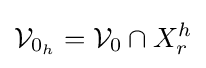
{\mathcal {V}}_{0_{h}}={\mathcal {V}}_{0}\cap X_{r}^{h}